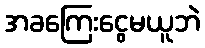
အခကြေးငွေမယူဘဲ